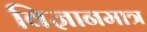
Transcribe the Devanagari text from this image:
विज्ञानमात्र